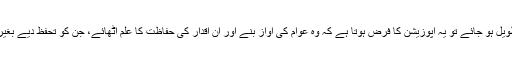
جب عوام پر معاشی ظلم کا سلسلہ طویل ہو جائے تو یہ اپوزیشن کا فرض ہوتا ہے کہ وہ عوام کی آواز بنے اور اُن اقدار کی حفاظت کا علم اٹھائے، جن کو تحفظ دیے بغیر کوئی معاشرہ مہذب نہیں بن سکتا۔